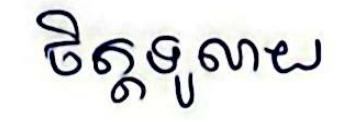
ចិត្តទូលាយ